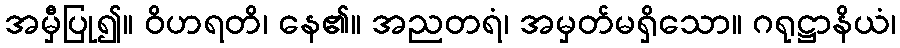
အမှီပြု၍။ ဝိဟရတိ၊ နေ၏။ အညတရံ၊ အမှတ်မရှိသော။ ဂရုဋ္ဌာနိယံ၊